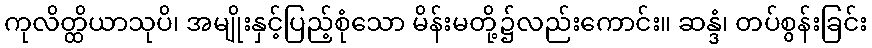
ကုလိတ္ထိယာသုပိ၊ အမျိုးနှင့်ပြည့်စုံသော မိန်းမတို့၌လည်းကောင်း။ ဆန္ဒံ၊ တပ်စွန်းခြင်း